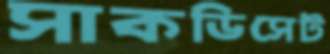
সাকডিসেট